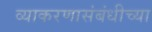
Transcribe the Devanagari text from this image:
व्याकरणासंबंधीच्या